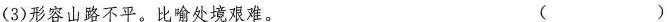
(3)形容山路不平。比喻处境艰难。（ ）